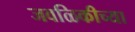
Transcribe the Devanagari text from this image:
जवळिकीच्या